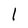
Character: l